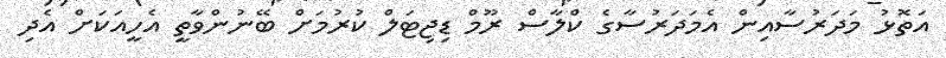
އަތޮޅު މަދަރުސާއިން އެމަދަރުސާގެ ކްލާސް ރޫމް ޑިޖިޓަލް ކުރުމަށް ބޭނުންވާތީ އެހީއަކަށް އެދި